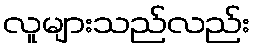
လူများသည်လည်း